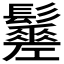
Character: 𩯸